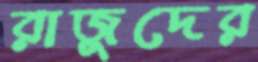
রাজুদের